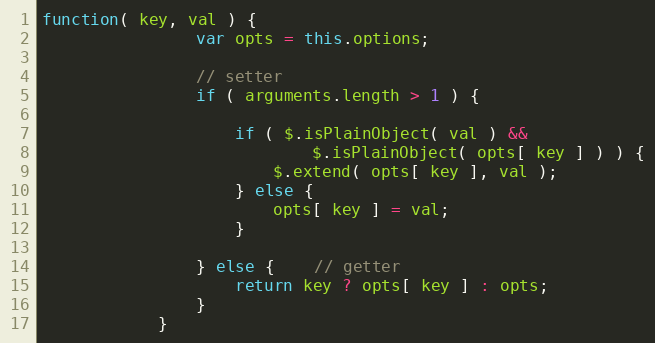
Language: JavaScript
function( key, val ) {
                var opts = this.options;

                // setter
                if ( arguments.length > 1 ) {

                    if ( $.isPlainObject( val ) &&
                            $.isPlainObject( opts[ key ] ) ) {
                        $.extend( opts[ key ], val );
                    } else {
                        opts[ key ] = val;
                    }

                } else {    // getter
                    return key ? opts[ key ] : opts;
                }
            }